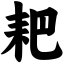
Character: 耙